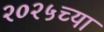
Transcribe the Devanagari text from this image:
२०२५च्या